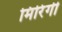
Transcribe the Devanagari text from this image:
मिरिंगी